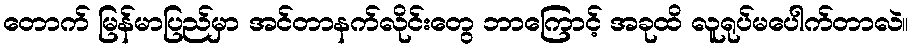
တောက် မြန်မာပြည်မှာ အင်တာနက်လိုင်းတွေ ဘာကြောင့် အခုထိ လူရုပ်မပေါက်တာလဲ။